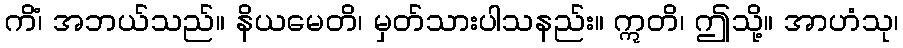
ကိံ၊ အဘယ်သည်။ နိယမေတိ၊ မှတ်သားပါသနည်း။ ဣတိ၊ ဤသို့။ အာဟံသု၊